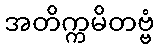
အတိက္ကမိတဗ္ဗံ